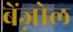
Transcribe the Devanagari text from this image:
बेंज़ोल